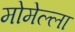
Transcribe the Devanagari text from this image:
मोमेल्ला